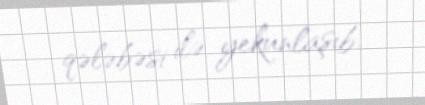
qələbəsi ilə yekunlaşıb.